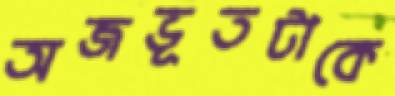
অজভূতটাকে